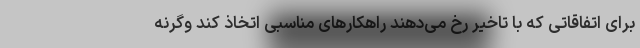
برای اتفاقاتی که با تاخیر رخ می‌دهند راهکارهای مناسبی اتخاذ کند وگرنه